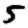
Digit: 5